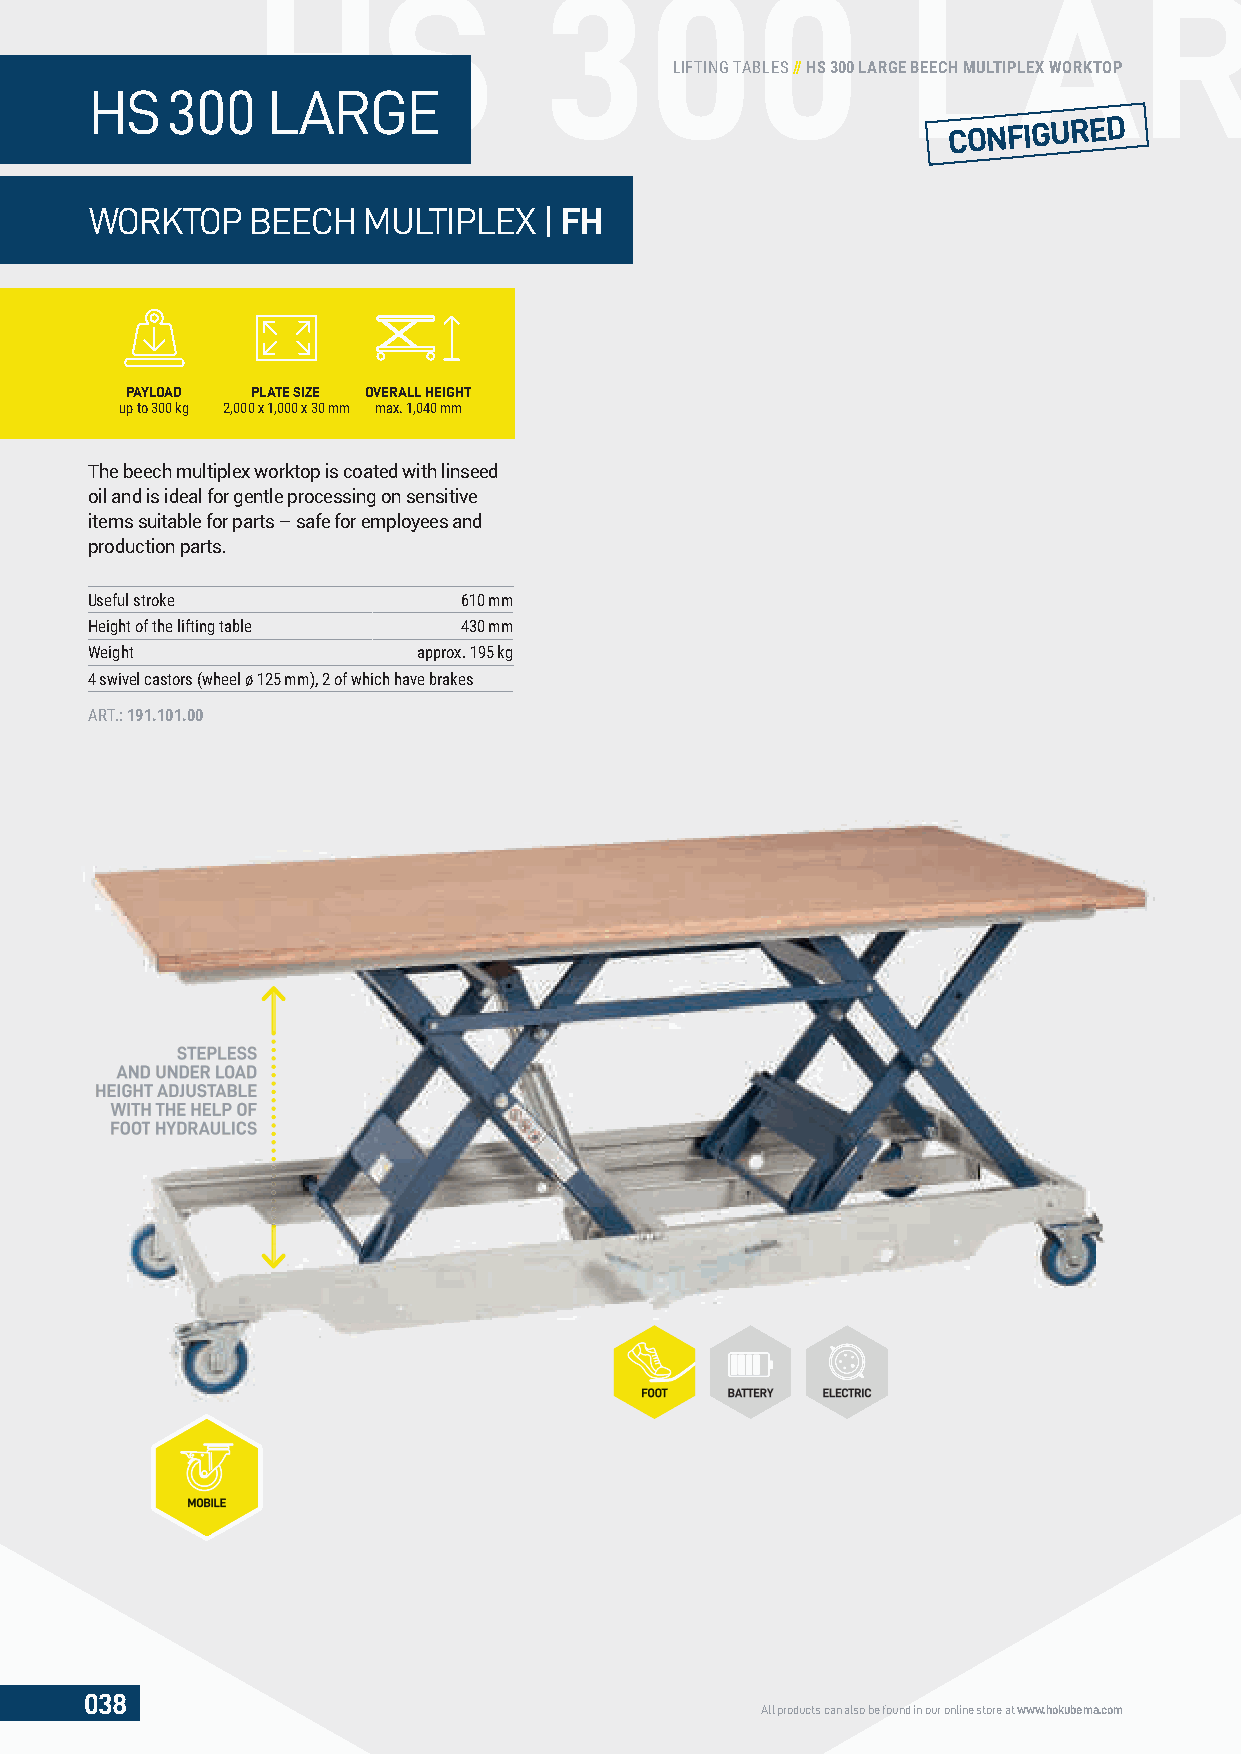
HS                 300                     LARG
 LIFTING TABLES // HS 300 LARGE BEECH MULTIPLEX WORKTOP
 HS   300    LARGE
 CONFIGURED
 WORKTOP    BEECH  MULTIPLEX   | FH
 PAYLOAD  PLATE SIZE OVERALL HEIGHT
 up to 300 kg 2,000 x 1,000 x 30 mm max. 1,040 mm
 The beech multiplex worktop is coated with linseed
 oil and is ideal for gentle processing on sensitive
 items suitable for parts – safe for employees and
 production parts.
 Useful stroke           610 mm
 Height of the lifting table 430 mm
 Weight                approx. 195 kg
 4 swivel castors (wheel ø 125 mm), 2 of which have brakes
 ART.: 191.101.00
 STEPLESS
 AND UNDER LOAD
 HEIGHT ADJUSTABLE
 WITH THE HELP OF
 FFOOOOTT HYDRAULICS
 FFOOOOTT BBAATTTTEERRYY EELLEECCTTRRIICC
 MMOOBBIILLEE
 038
 All products can also be found in our online store at www.hokubema.com